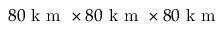
8 0 \textup { k m } \times 8 0 \textup { k m } \times 8 0 \textup { k m }